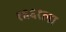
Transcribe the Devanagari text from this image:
१६६१ला